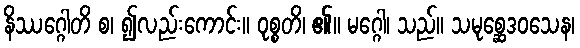
နိဿဂ္ဂေါတိ စ၊ ၍လည်းကောင်း။ ဝုစ္စတိ၊ ၏။ မဂ္ဂေါ၊ သည်။ သမုစ္ဆေဒဝသေန၊